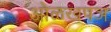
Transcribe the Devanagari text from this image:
ओळखपञ